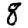
Digit: 8